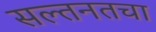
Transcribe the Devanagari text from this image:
सल्तनतचा